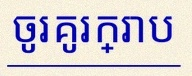
ចូរគូរក្រាប